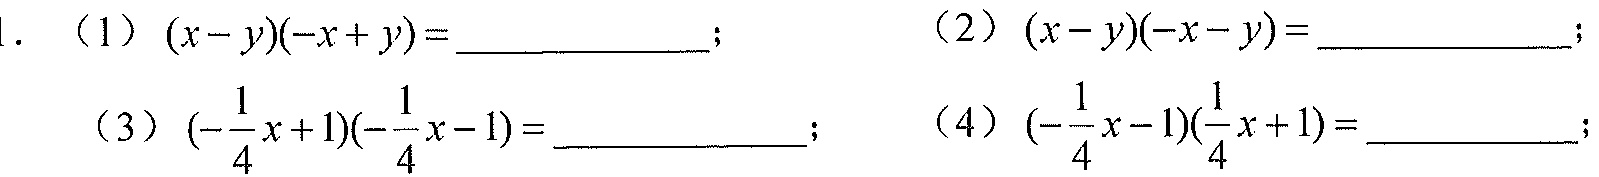
1. (1) \((x - y)(-x + y)=\) ____________; (2) \((x - y)(-x - y)=\) ____________;
(3) \((-\frac{1}{4}x + 1)(-\frac{1}{4}x - 1)=\) ____________; (4) \((-\frac{1}{4}x - 1)(\frac{1}{4}x + 1)=\) __________;